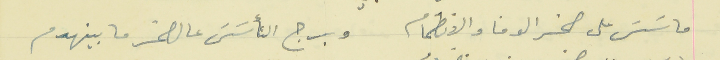
ماسَسَ على صخر الوفا والانضمام                                  وبرج التأسَسَ عالصخر ما بينهدم